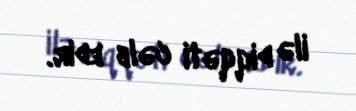
ilə diqqəti cəlb edir.